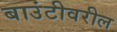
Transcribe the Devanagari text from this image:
बाउंटीवरील